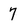
Character: 7